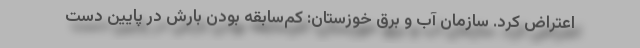
اعتراض کرد. سازمان آب و برق خوزستان: کم‌سابقه بودن بارش در پایین دست